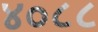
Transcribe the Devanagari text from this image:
४०८८